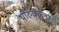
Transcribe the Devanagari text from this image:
थीरुवल्ला